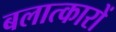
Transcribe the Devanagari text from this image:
बलात्कारों